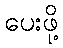
ပေးဖို့